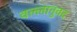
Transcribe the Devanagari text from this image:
वल्लानुवद